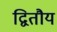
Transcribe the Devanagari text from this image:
द्वितौय